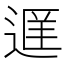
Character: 𬨭